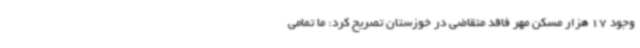
وجود 17 هزار مسکن مهر فاقد متقاضی در خوزستان تصریح کرد: ما تمامی